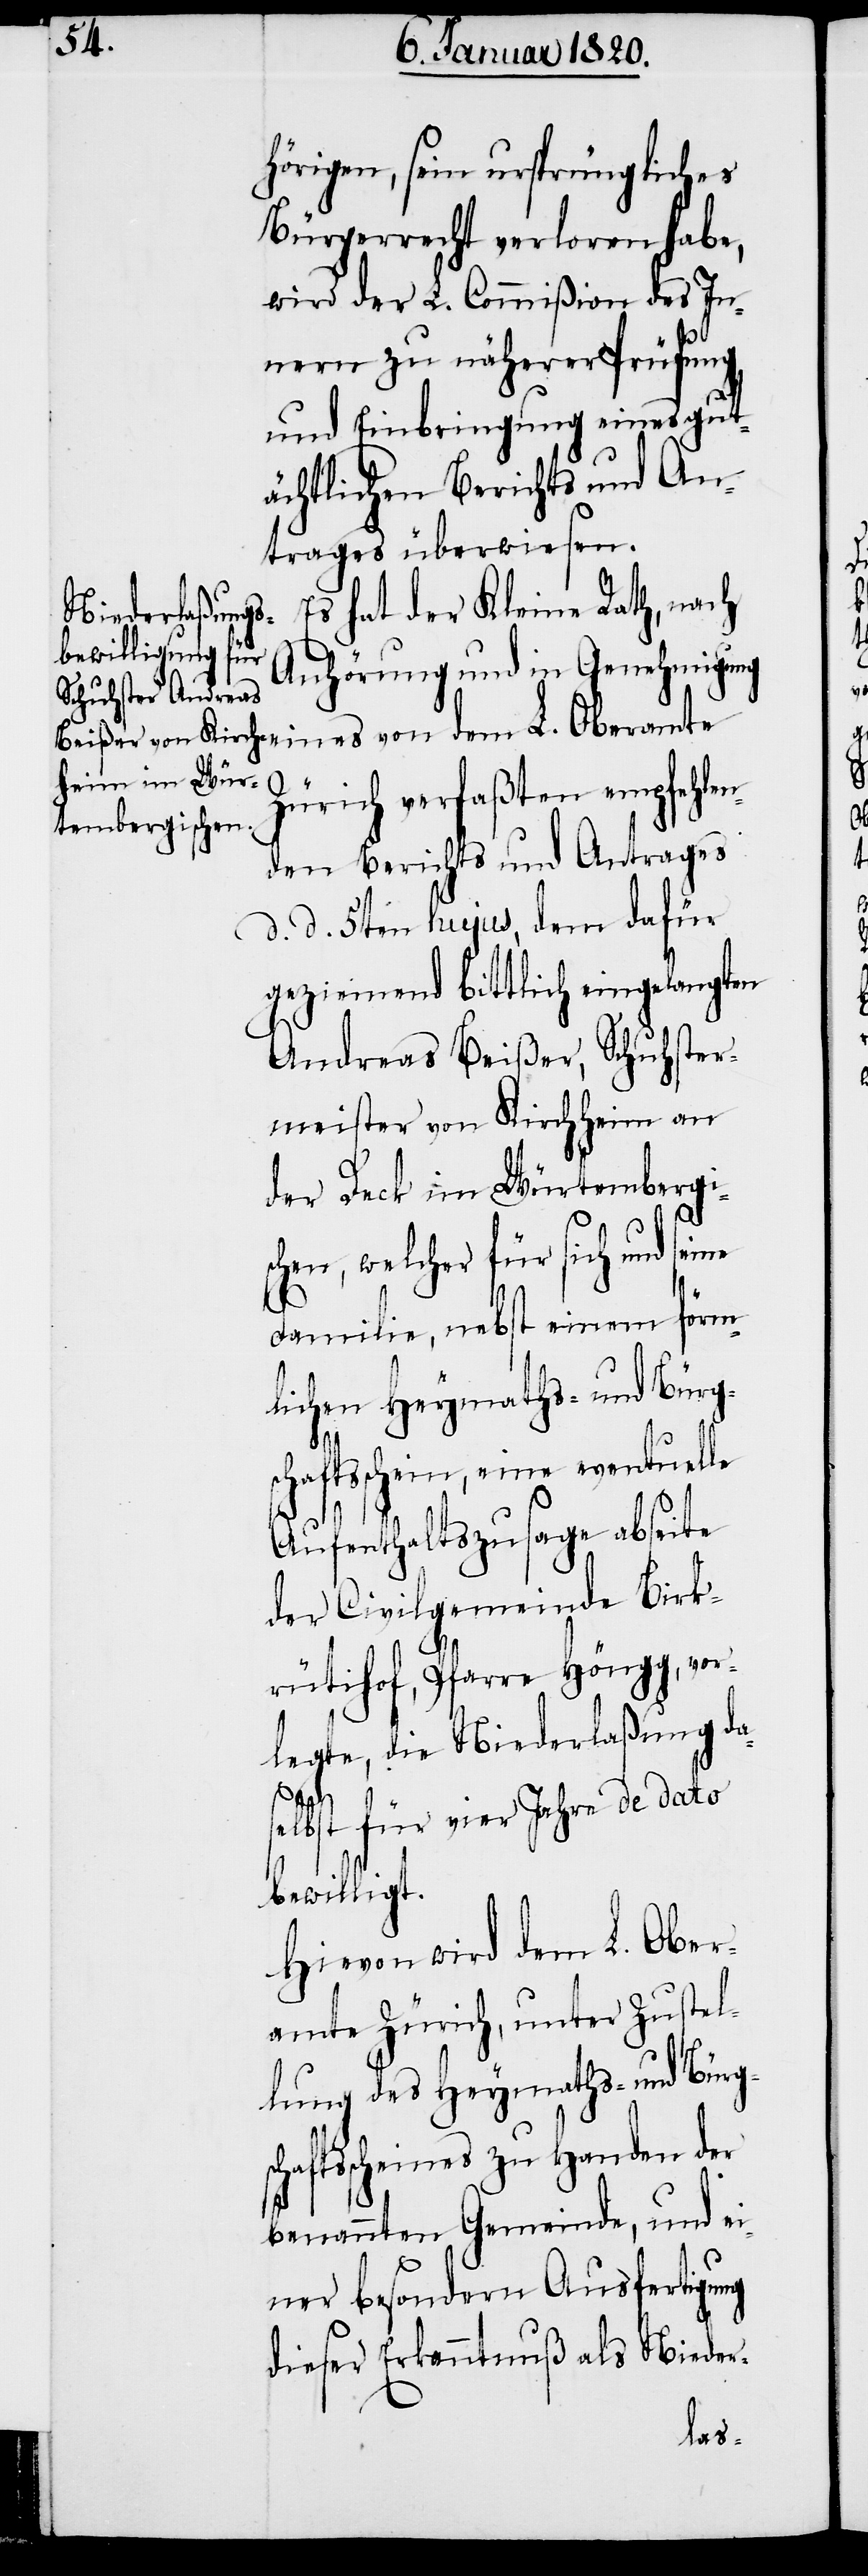
c¬

hörigen, sein ursprüngliches
Bürgerrecht verloren habe,
wird der L. Commißion des In¬
nern zu näherer Prüfung
und Einbringung eines gut¬
ächtlichen Berichts und An¬
trages überwiesen.
Es hat der Kleine Rath, nach
Anhörung und in Genehmigung
Zürich verfaßten empfehle¬
nden Berichts und Antrages
d. d. 5ten hujus, dem dafür
geziemend bittlich eingelangten
Andreas Beißer, Schuhster¬
meister von Kirchheim an
der Deck im Würtembergi¬
schen, welcher für sich und
Familie, nebst einem förm¬
lichen Heymaths- und Bürg¬
schaftsschein, eine eventuelle
Aufenthaltszusage abseite
der Civilgemeinde Birk¬
rütihof, Pfarre Höngg, vor¬
legte, die Niederlaßung da¬
selbst für vier Jahre de dato
bewilligt.
Hievon wird dem L. Ober¬
amte Zürich, unter Zustel¬
lung des Heymaths- und Bürgs¬
haftsscheines zu Handen der
benannten Gemeinde, und ei¬
ner besondern Ausfertigung
dieser Erkanntnuß als Nieder-